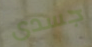
جسدى